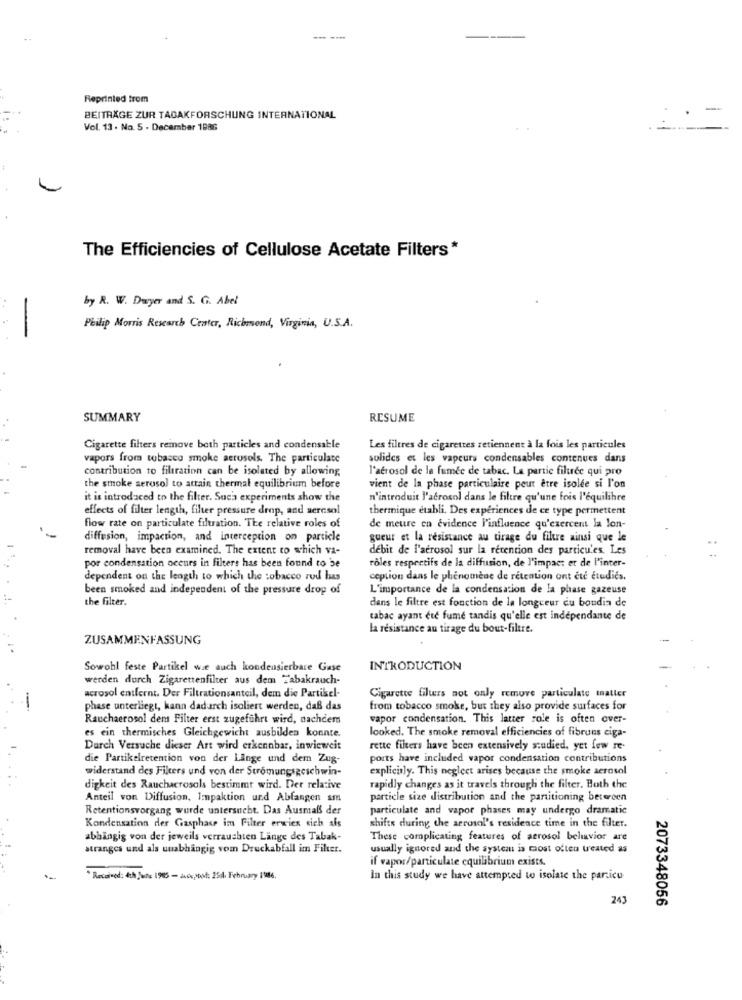
---
Reprinted from
-
BEITRÄGE ZUR TABAKFORSCHUNG INTERNATIONAL
..
Vol. 13 . No. 5 . December 1986
The Efficiencies of Cellulose Acetate Filters *
by R. W. Dwyer and S. G. Abel
..
-
Philip Morris Research Center, Richmond, Virginia, U.S.A.
SUMMARY
RESUME
Cigarette filters remove both particles and condensable
Les filtres de cigarettes retiennent à la fois les particules
vapors from tobacco smoke aerosols. The particulate
solides et les vapeurs condensables contenues dans
contribution to filtration can be isolated by allowing
l'aerosol de la fumée de tabac. La partie filtree qui pro
the smoke aerosol to attain thermal equilibrium before
vient de la phase particulaire peut être isolée si l'on
it is introduced to the filter. Such experiments show the
n'introduit l'aerosol dans le filtre qu'une fois l'équilibre
effects of filter length, filter pressure drop, and aeresol
thermique etabli. Des experiences de ce type permettent
flow rate on particulate filtration. The relative roles of
de meure en évidence l'influence qu'exercent la lon-
diffusion, impaction, and interception on particle
gueur et la resistance au tirage du filtre ainsi que le
removal have been examined. The extent to which va-
debit de l'aerosol sur la rétention des particules. Les
rôles respectifs de la diffusion, de l'impact et de l'inter-
por condensation occurs in filters has been found to be
dependent on the length to which the tobacco rod has
ception dans le phénomène de rétention ont été étudiés.
been smoked and independent of the pressure drop of
L'importance de la condensation de la phase gazeuse
the filter.
dans le filtre est fonction de la longueur du boudin de
tabac ayant ete fume tandis qu'elle est indépendante de
la resistance au tirage du bout-filtre.
ZUSAMMENFASSUNG
Sowohl feste Partikel wie auch kondensierbare Gase
INTRODUCTION
werden durch Zigarettenfilter aus dem Tabakrauch-
acrosol entfernt. Der Filtrationsanteil, dem die Partikel-
Cigarette filters not only remove particulate taller
phase unterliegt, kann dadurch isoliert werden, daß das
from tobacco smoke, but they also provide surfaces for
Rauchaerosol dem Filter erst zugeführt wird, nachdem
vapor condensation. This latter role is often over-
es ein thermisches Gleichgewicht ausbilden konnte.
looked. The smoke removal efficiencies of fibruns ciga-
Durch Versuche dieser Art wird erkennbar, inwieweit
rette filters have been extensively studied, yet few re-
die Partikelretention von der Linge und dem Zug-
ports have included vapor condensation contributions
widerstand des Filters und von der Stromungsgeschwin-
explicitly. This neglect arises because the smoke aerosol
digkeit des Rauchacrosols bestimmt wird. Der relative
rapidly changes as it travels through the filter. Both the
Anteil von Diffusion, Impaktion und Abfangen am
particle size distribution and the partitioning betereen
Retentionsvorgang wurde untersucht. Das Ausmaß der
particulate and vapor phases may undergo dramatic
Kondensation der Gasphase im Filter erwies sich als
shifts during the aerosol's residence time in the filter.
abhängig von der jeweils verrauchten Länge des Tabak-
These complicating features of aerosol beluvior are
stranges und als unabhängig vom Druckabfall im Filter.
usually ignored and the system is most often treated as
if vapor/particulate cquilibrium exists.
Received: 4th June 1985 - axispost: 25dl February 1986.
In this study we have attempted to isolate the particu
243
2073348056